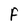
Character: F